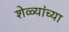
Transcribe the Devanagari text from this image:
शेळ्यांच्या